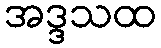
အဒ္ဒသထ